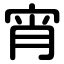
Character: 宵